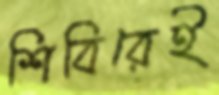
শিবিরেই